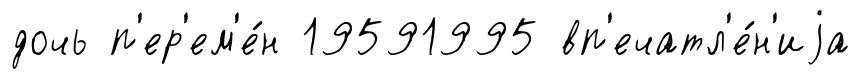
дочь п'ер'ем'е́н 19591995 вп'ечатл'е́н'иjа